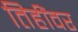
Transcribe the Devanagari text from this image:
तिहींवर